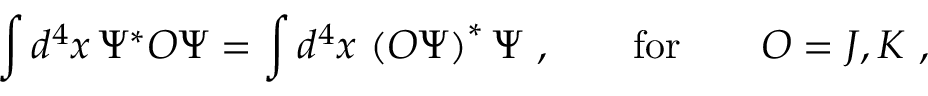
\int d ^ { 4 } x \, { \mit \Psi } ^ { \ast } { \cal O } { \mit \Psi } = \int d ^ { 4 } x \, \left( { \cal O } { \mit \Psi } \right) ^ { \ast } { \mit \Psi } \ , \qquad \mathrm { f o r } \qquad { \cal O } = J , K \ ,